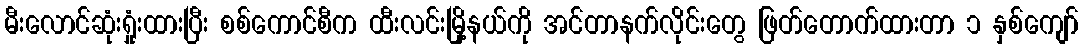
မီးလောင်ဆုံးရှုံးထားပြီး စစ်ကောင်စီက ထီးလင်းမြို့နယ်ကို အင်တာနက်လိုင်းတွေ ဖြတ်တောက်ထားတာ ၁ နှစ်ကျော်